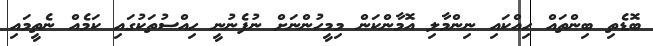
ބޮޑެތި ބިންތައް ހިއްކައި ނިންމާލި އޮމާންކަން މިމީހުންނަށް ނުފެނުނީ ހިއްސުތަކުގައި ކަމެއް ނެތީމައި